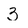
Character: 3